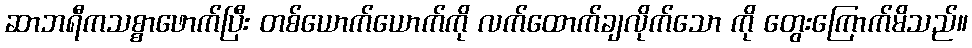
ဆာဘရီကသစ္စာဖောက်ပြီး တစ်ယောက်ယောက်ကို လက်ထောက်ချလိုက်သော ကို တွေးကြောက်မိသည်။